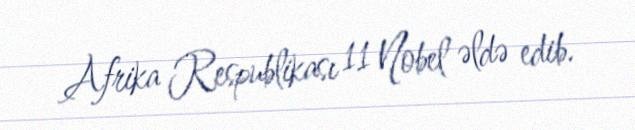
Afrika Respublikası 11 Nobel əldə edib.